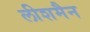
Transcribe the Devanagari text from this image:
लीशमैन